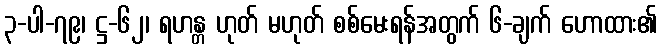
၃-ပါ-၇၉၊ ဋ္ဌ-၆၂၊ ရဟန္တ ဟုတ် မဟုတ် စစ်မေးရန်အတွက် ၆-ချက် ဟောထား၏